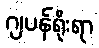
ဂျပန်ရိုးရာ